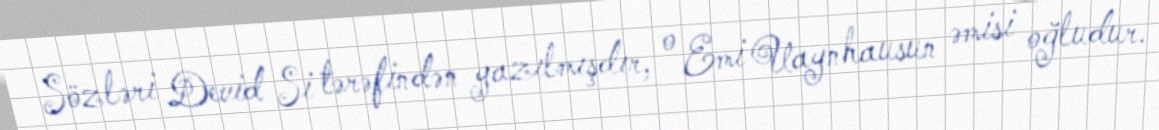
Sözləri Devid Si tərəfindən yazılmışdır, o Emi Uaynhausun əmisi oğludur.